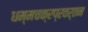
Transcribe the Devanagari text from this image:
धम्मचक्रप्रवर्तन